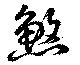
煞